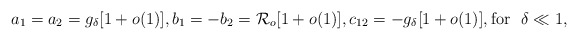
\begin{align*} a_1=a_2=g_\delta[1+o(1)], b_1=-b_2=\mathcal{R}_o[1+o(1)], c_{12}=-g_\delta[1+o(1)], \mbox{for }~ \delta\ll 1,\end{align*}